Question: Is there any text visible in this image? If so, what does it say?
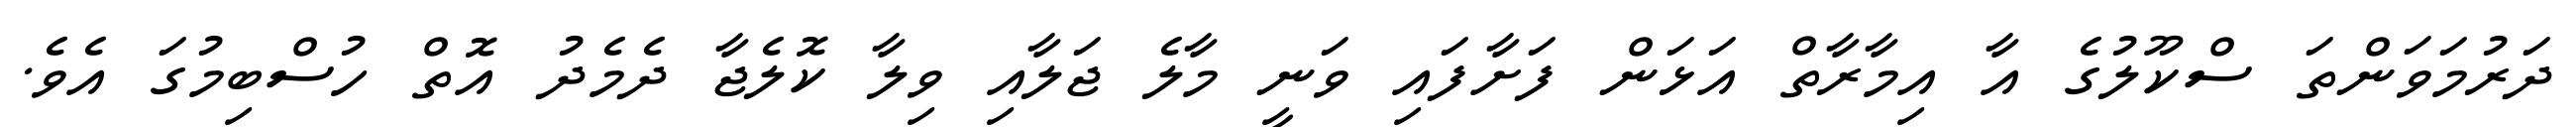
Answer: ދަރުމަވަންތަ ސްކޫލުގެ އާ އިމާރާތް އަޅަން ފަށާފައި ވަނީ މާލެ ޖަލާއި ވިލާ ކޮލެޖާ ދެމެދު އޮތް ހުސްބިމުގަ އެވެ.